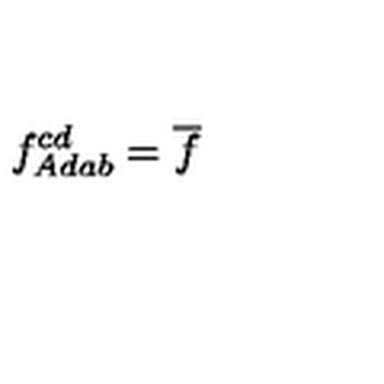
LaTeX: \ f _ { A d a b } ^ { c d } = \overline { { f } }